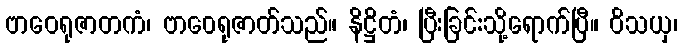
ဗာဝေရုဇာတကံ၊ ဗာဝေရုဇာတ်သည်။ နိဋ္ဌိတံ၊ ပြီးခြင်းသို့ရောက်ပြီ။ ဝိသယှ၊